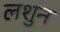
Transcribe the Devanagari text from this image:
लशुन